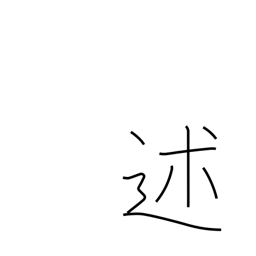
Meaning: mention